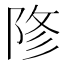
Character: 𨹲